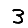
Digit: 3